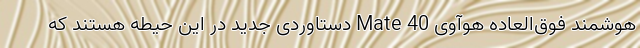
هوشمند فوق‌العاده هوآوی Mate 40 دستاوردی جدید در این حیطه هستند که